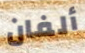
ألفان